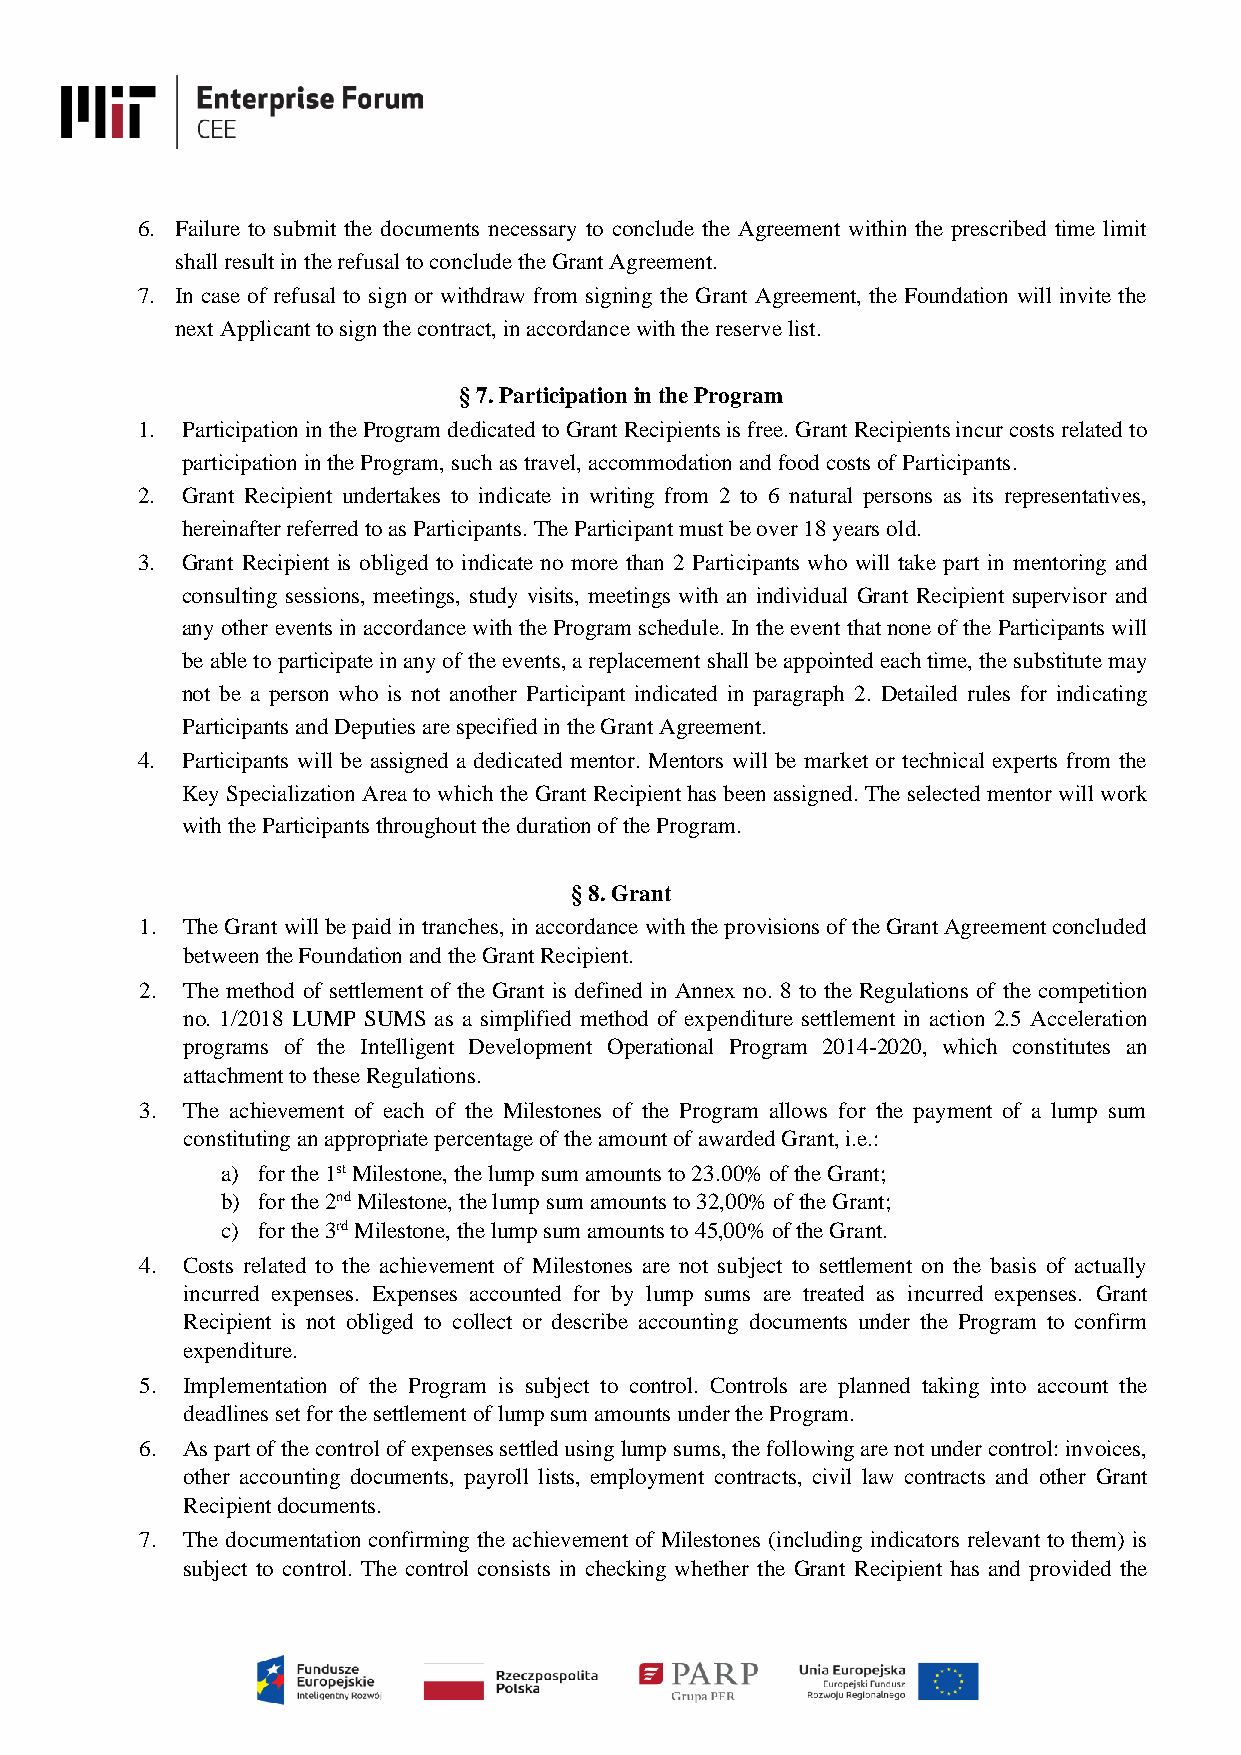
6. Failure to submit the documents necessary to conclude the Agreement within the prescribed time limit
 shall result in the refusal to conclude the Grant Agreement.
 7. In case of refusal to sign or withdraw from signing the Grant Agreement, the Foundation will invite the
 next Applicant to sign the contract, in accordance with the reserve list.
 § 7. Participation in the Program
 1. Participation in the Program dedicated to Grant Recipients is free. Grant Recipients incur costs related to
 participation in the Program, such as travel, accommodation and food costs of Participants.
 2. Grant Recipient undertakes to indicate in writing from 2 to 6 natural persons as its representatives,
 hereinafter referred to as Participants. The Participant must be over 18 years old.
 3. Grant Recipient is obliged to indicate no more than 2 Participants who will take part in mentoring and
 consulting sessions, meetings, study visits, meetings with an individual Grant Recipient supervisor and
 any other events in accordance with the Program schedule. In the event that none of the Participants will
 be able to participate in any of the events, a replacement shall be appointed each time, the substitute may
 not be a person who is not another Participant indicated in paragraph 2. Detailed rules for indicating
 Participants and Deputies are specified in the Grant Agreement.
 4. Participants will be assigned a dedicated mentor. Mentors will be market or technical experts from the
 Key Specialization Area to which the Grant Recipient has been assigned. The selected mentor will work
 with the Participants throughout the duration of the Program.
 § 8. Grant
 1. The Grant will be paid in tranches, in accordance with the provisions of the Grant Agreement concluded
 between the Foundation and the Grant Recipient.
 2. The method of settlement of the Grant is defined in Annex no. 8 to the Regulations of the competition
 no. 1/2018 LUMP SUMS as a simplified method of expenditure settlement in action 2.5 Acceleration
 programs of the Intelligent Development Operational Program 2014-2020, which constitutes an
 attachment to these Regulations.
 3. The achievement of each of the Milestones of the Program allows for the payment of a lump sum
 constituting an appropriate percentage of the amount of awarded Grant, i.e.:
 a) for the 1st Milestone, the lump sum amounts to 23.00% of the Grant;
 b) for the 2nd Milestone, the lump sum amounts to 32,00% of the Grant;
 c) for the 3rd Milestone, the lump sum amounts to 45,00% of the Grant.
 4. Costs related to the achievement of Milestones are not subject to settlement on the basis of actually
 incurred expenses. Expenses accounted for by lump sums are treated as incurred expenses. Grant
 Recipient is not obliged to collect or describe accounting documents under the Program to confirm
 expenditure.
 5. Implementation of the Program is subject to control. Controls are planned taking into account the
 deadlines set for the settlement of lump sum amounts under the Program.
 6. As part of the control of expenses settled using lump sums, the following are not under control: invoices,
 other accounting documents, payroll lists, employment contracts, civil law contracts and other Grant
 Recipient documents.
 7. The documentation confirming the achievement of Milestones (including indicators relevant to them) is
 subject to control. The control consists in checking whether the Grant Recipient has and provided the